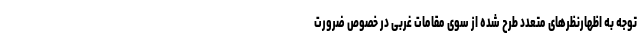
توجه به اظهارنظرهای متعدد طرح شده از سوی مقامات غربی در خصوص ضرورت